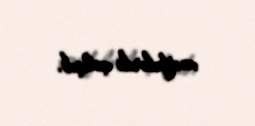
vəzifələrdə çalışıb.